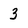
Character: 3